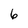
Character: 6